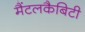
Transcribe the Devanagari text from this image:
मैंटलकैबिटी